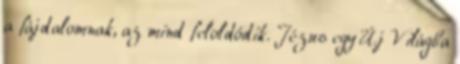
a fájdalomnak, az mind feloldódik. Jézus egy Új Világba